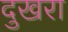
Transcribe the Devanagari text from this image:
दुखरा